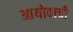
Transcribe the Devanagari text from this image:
आयोवाची